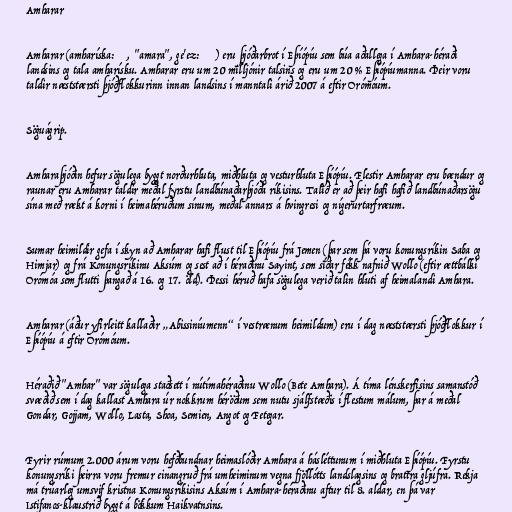
Amharar

Amharar (amharíska: አማራ, "amara", ge'ez: አምሐራ) eru þjóðarbrot í Eþíópíu sem búa aðallega í Amhara-héraði
landsins og tala amharísku. Amharar eru um 20 milljónir talsins og eru um 20 % Eþíópíumanna. Þeir voru
taldir næststærsti þjóðflokkurinn innan landsins í manntali árið 2007 á eftir Orómóum.

Söguágrip.

Amharaþjóðin hefur sögulega byggt norðurhluta, miðhluta og vesturhluta Eþíópíu. Flestir Amharar eru bændur og
raunar eru Amharar taldir meðal fyrstu landbúnaðarþjóða ríkisins. Talið er að þeir hafi hafið landbúnaðarsögu
sína með rækt á korni í heimahéruðum sínum, meðal annars á hvingresi og nígerurtarfræum.

Sumar heimildir gefa í skyn að Amharar hafi flust til Eþíópíu frá Jemen (þar sem þá voru konungsríkin Saba og
Himjar) og frá Konungsríkinu Aksúm og sest að í héraðinu Sayint, sem síðar fékk nafnið Wollo (eftir ættbálki
Orómóa sem flutti þangað á 16. og 17. öld). Þessi héruð hafa sögulega verið talin hluti af heimalandi Amhara.

Amharar (áður yfirleitt kallaðir „Abissiníumenn“ í vestrænum heimildum) eru í dag næststærsti þjóðflokkur í
Eþíópíu á eftir Orómóum.

Héraðið "Amhar" var sögulega staðsett í nútímahéraðinu Wollo (Bete Amhara). Á tíma lénskerfisins samanstóð
svæðið sem í dag kallast Amhara úr nokkrum héröðum sem nutu sjálfstæðis í flestum málum, þar á meðal
Gondar, Gojjam, Wollo, Lasta, Shoa, Semien, Angot og Fetegar.

Fyrir rúmum 2.000 árum voru hefðbundnar heimaslóðir Amhara á hásléttunum í miðhluta Eþíópíu. Fyrstu
konungsríki þeirra voru fremur einangruð frá umheiminum vegna fjöllótts landslagsins og brattra gljúfra. Rekja
má trúarleg umsvif kristna Konungsríkisins Aksúm í Amhara-héraðinu aftur til 8. aldar, en þá var
Istifanos-klaustrið byggt á bökkum Haikvatnsins.